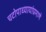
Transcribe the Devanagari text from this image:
चटोपाध्यायांप्रमाणे